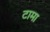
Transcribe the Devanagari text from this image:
टामा